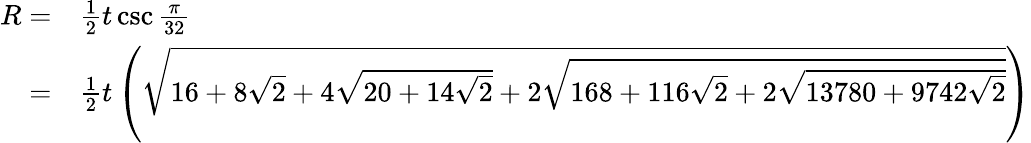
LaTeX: \begin{array}{rl}{R=}&{{}{\frac{1}{2}}t\csc{\frac{\pi}{32}}}\\ {=}&{{}{\frac{1}{2}}t\left({\sqrt{16+8{\sqrt{2}}+4{\sqrt{20+14{\sqrt{2}}}}+2{\sqrt{168+116{\sqrt{2}}+2{\sqrt{13780+9742{\sqrt{2}}}}}}}}\right)}\end{array}